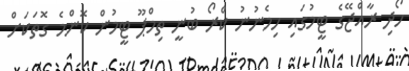
ހޯދި ރާއްޖޭގެ ޓީމުގައި ހިމެނުނު ކްރޯ ބުނީ ތިމްޕޫ ޓީމުން ކޮންމެ ގޮތަކަށް